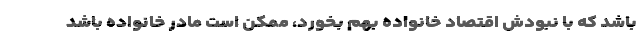
باشد که با نبودش اقتصاد خانواده بهم بخورد، ممکن است مادر خانواده باشد